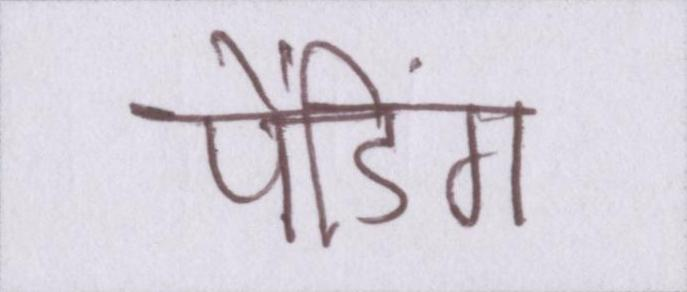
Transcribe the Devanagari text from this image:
पेंडिंग